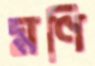
মণি